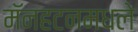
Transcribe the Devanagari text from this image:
मॅनहटनमधले